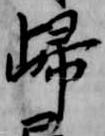
帰